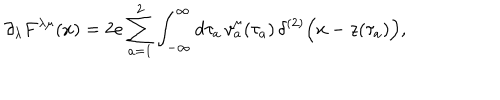
LaTeX: \partial _ { \lambda } F ^ { \lambda \mu } ( x ) = 2 e \sum _ { a = 1 } ^ { 2 } \int _ { - \infty } ^ { \infty } d \tau _ { a } \, { v } _ { a } ^ { \mu } ( \tau _ { a } ) \, \delta ^ { ( 2 ) } \Bigl ( x - z ( \tau _ { a } ) \Bigr ) ,